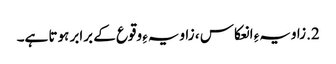
2.زاویہءِ انعکاس ، زاویہءِ وقوع کے برابر ہوتا ہے۔